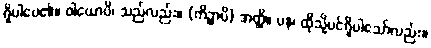
ရှိပါပေ၏။ ဝါယောပိ၊ သည်လည်း။ (ကိဉ္စာပိ) အတ္ထိ။ ပန၊ ထိုသို့ပင်ရှိပါသော်လည်း။